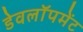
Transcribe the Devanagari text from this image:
डेवलॉपमेंट